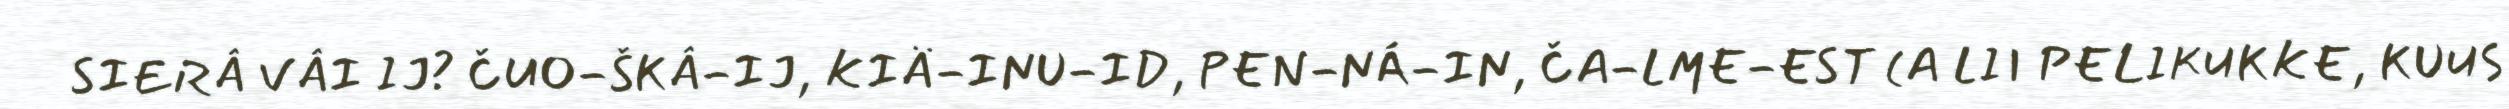
SIERÂ VÂI IJ? ČUO-ŠKÂ-IJ, KIÄ-INU-ID, PEN-NÁ-IN, ČA-LME-EST (A LII PELIKUKKE, KUUS